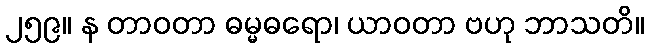
၂၅၉။ န တာဝတာ ဓမ္မဓရော၊ ယာဝတာ ဗဟု ဘာသတိ။